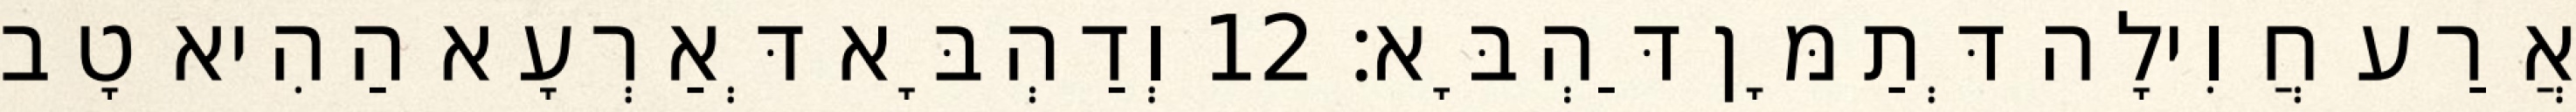
אֲרַע חֲוִילָה דְּתַמָּן דַּהְבָּא׃ 12 וְדַהְבָּא דְּאַרְעָא הַהִיא טָב